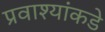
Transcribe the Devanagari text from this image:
प्रवाश्यांकडे